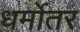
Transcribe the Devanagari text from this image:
धर्मोतर